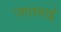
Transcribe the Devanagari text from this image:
जातभाई